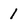
Character: 1